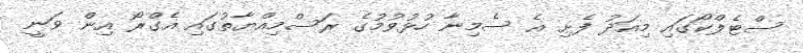
ސްޓެލްކޯގައި މިއަދު ފެށި އެ ސެމިނާ ހުޅުވުމުގެ ރަސްމިއްޔާތުގައި އެގްރޯ އިން ވަނީ